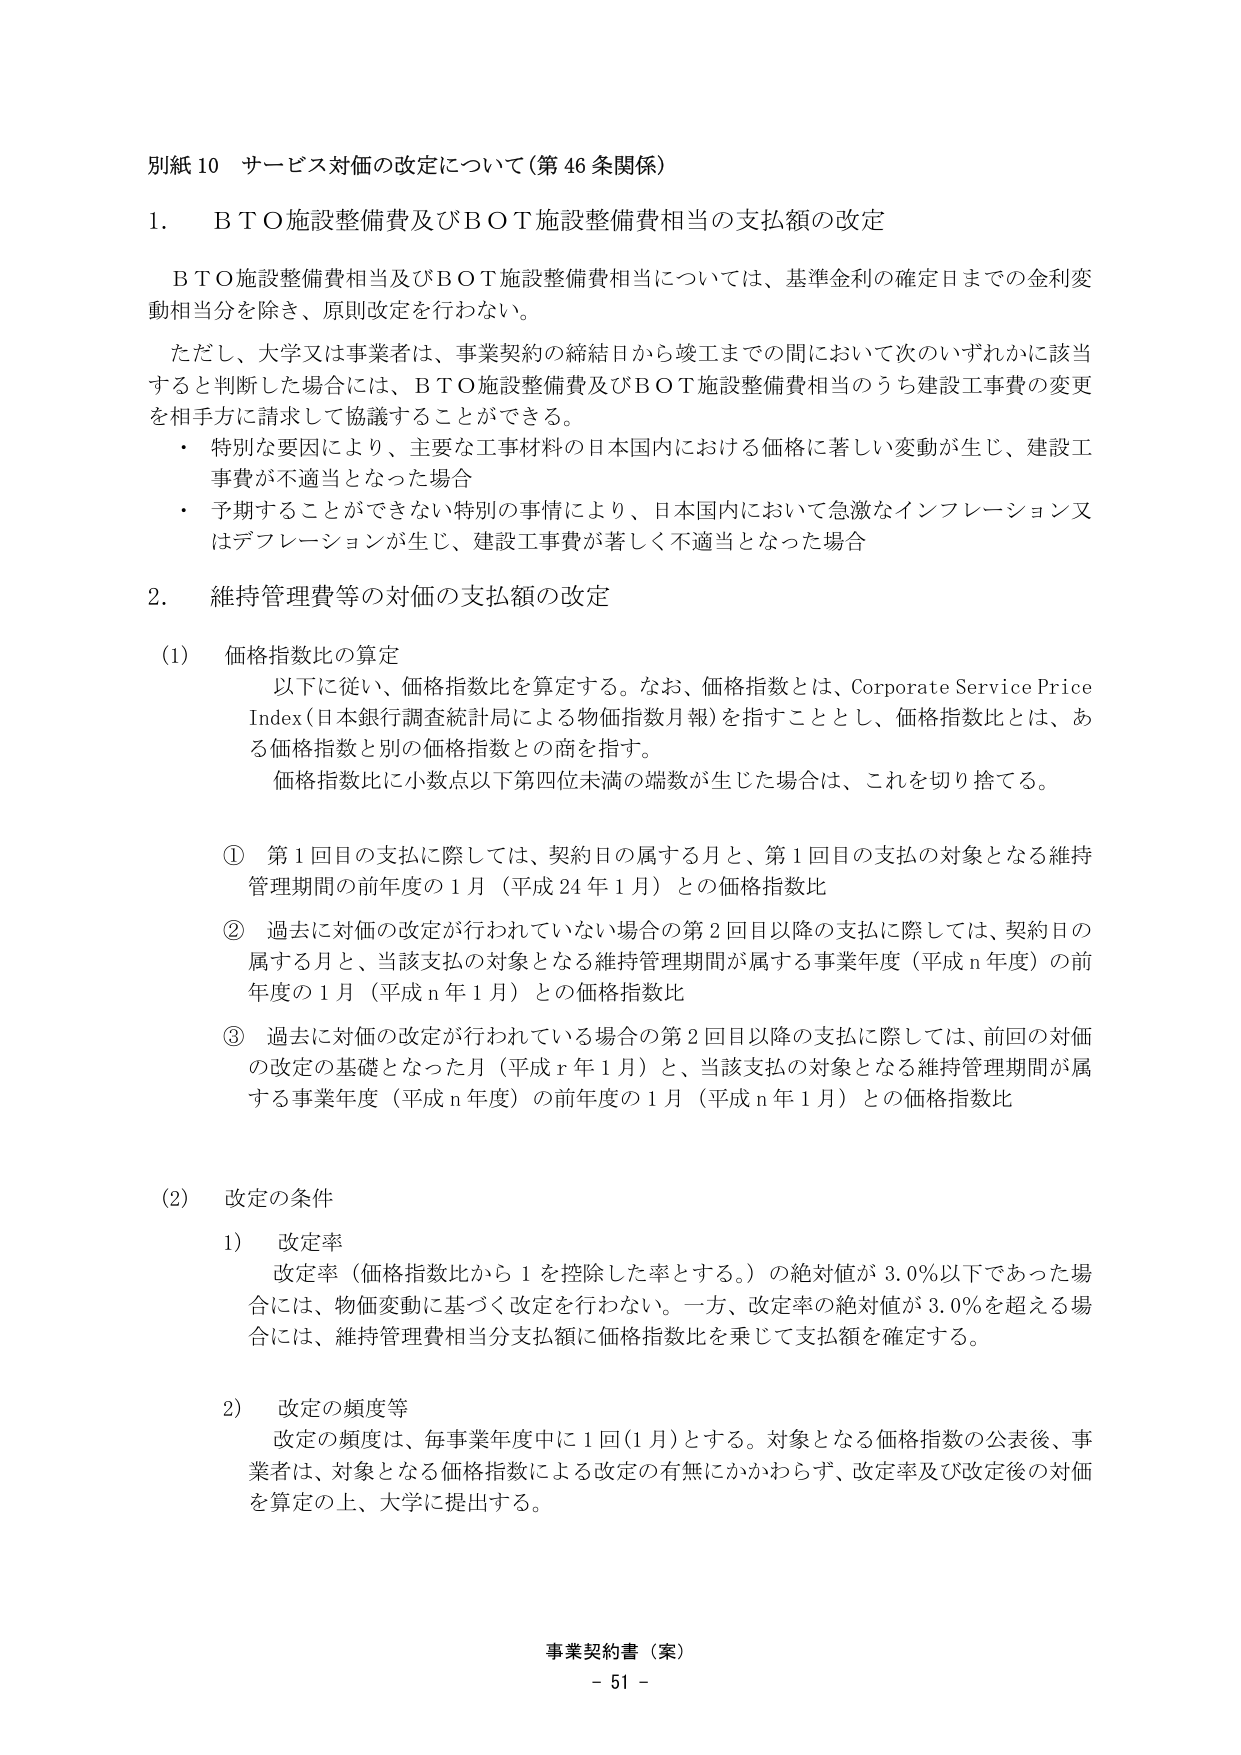
別紙10 サービス対価の改定について（第46条関係）

1. BTO施設整備費及びBOT施設整備費相当の支払額の改定

　BTO施設整備費相当及びBOT施設整備費相当については、基準金利の確定日までの金利変動相当分を除き、原則改定を行わない。

　ただし、大学又は事業者は、事業契約の締結日から竣工までの間において次のいずれかに該当すると判断した場合には、BTO施設整備費及びBOT施設整備費相当のうち建設工事費の変更を相手方に請求して協議することができる。

　・ 特別な要因により、主要な工事材料の日本国内における価格に著しい変動が生じ、建設工事費が不適当となった場合

　・ 予期することができない特別の事情により、日本国内において急激なインフレーション又はデフレーションが生じ、建設工事費が著しく不適当となった場合

2. 維持管理費等の対価の支払額の改定

　(1) 価格指数比の算定

　　　以下に従い、価格指数比を算定する。なお、価格指数とは、Corporate Service Price Index（日本銀行調査統計局による物価指数月報）を指すこととし、価格指数比とは、ある価格指数と別の価格指数との商を指す。

　　　価格指数比に小数点以下第四位未満の端数が生じた場合は、これを切り捨てる。

　① 第1回目の支払に際しては、契約日の属する月と、第1回目の支払の対象となる維持管理期間の前年度の1月（平成24年1月）との価格指数比

　② 過去に対価の改定が行われていない場合の第2回目以降の支払に際しては、契約日の属する月と、当該支払の対象となる維持管理期間が属する事業年度（平成n年度）の前年度の1月（平成n年1月）との価格指数比

　③ 過去に対価の改定が行われている場合の第2回目以降の支払に際しては、前回の対価の改定の基礎となった月（平成r年1月）と、当該支払の対象となる維持管理期間が属する事業年度（平成n年度）の前年度の1月（平成n年1月）との価格指数比

　(2) 改定の条件

　　1) 改定率

　　　改定率（価格指数比から1を控除した率とする。）の絶対値が3.0％以下であった場合には、物価変動に基づく改定を行わない。一方、改定率の絶対値が3.0％を超える場合には、維持管理費相当分支払額に価格指数比を乗じて支払額を確定する。

　　2) 改定の頻度等

　　　改定の頻度は、毎事業年度中に1回（1月）とする。対象となる価格指数の公表後、事業者は、対象となる価格指数による改定の有無にかかわらず、改定率及び改定後の対価を算定の上、大学に提出する。

事業契約書（案）
- 51 -